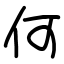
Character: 何